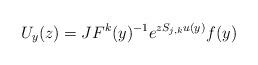
LaTeX: \begin{align*}U_{y}(z)=JF^k(y)^{-1}e^{zS_{j,k}u(y)}f(y)\end{align*}